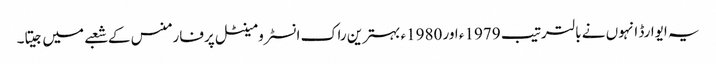
یہ ایوارڈ انہوں نے بالترتیب 1979ء اور 1980ء بہترین راک انسٹرومینٹل پرفارمنس کے شعبے میں جیتا۔